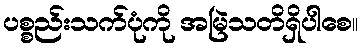
ပစ္စည်းသက်ပုံကို အမြဲသတိရှိပါစေ။